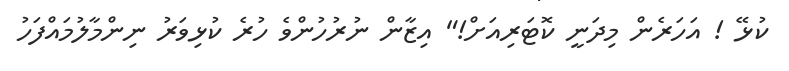
ކުޅޭ ! އަހަރެން މިދަނީ ކޮޓަރިއަށް!" އިޒާން ނުރުހުންވެ ހުރެ ކުޅިވަރު ނިންމާލުމައްފަހު